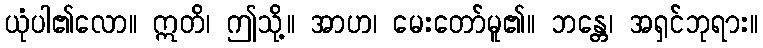
ယုံပါ၏လော။ ဣတိ၊ ဤသို့။ အာဟ၊ မေးတော်မူ၏။ ဘန္တေ၊ အရှင်ဘုရား။